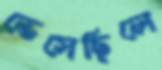
ভেসেছিলে